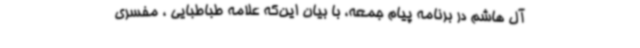
آل هاشم در برنامه پیام جمعه، با بیان این‌که علامه طباطبایی ، مفسری